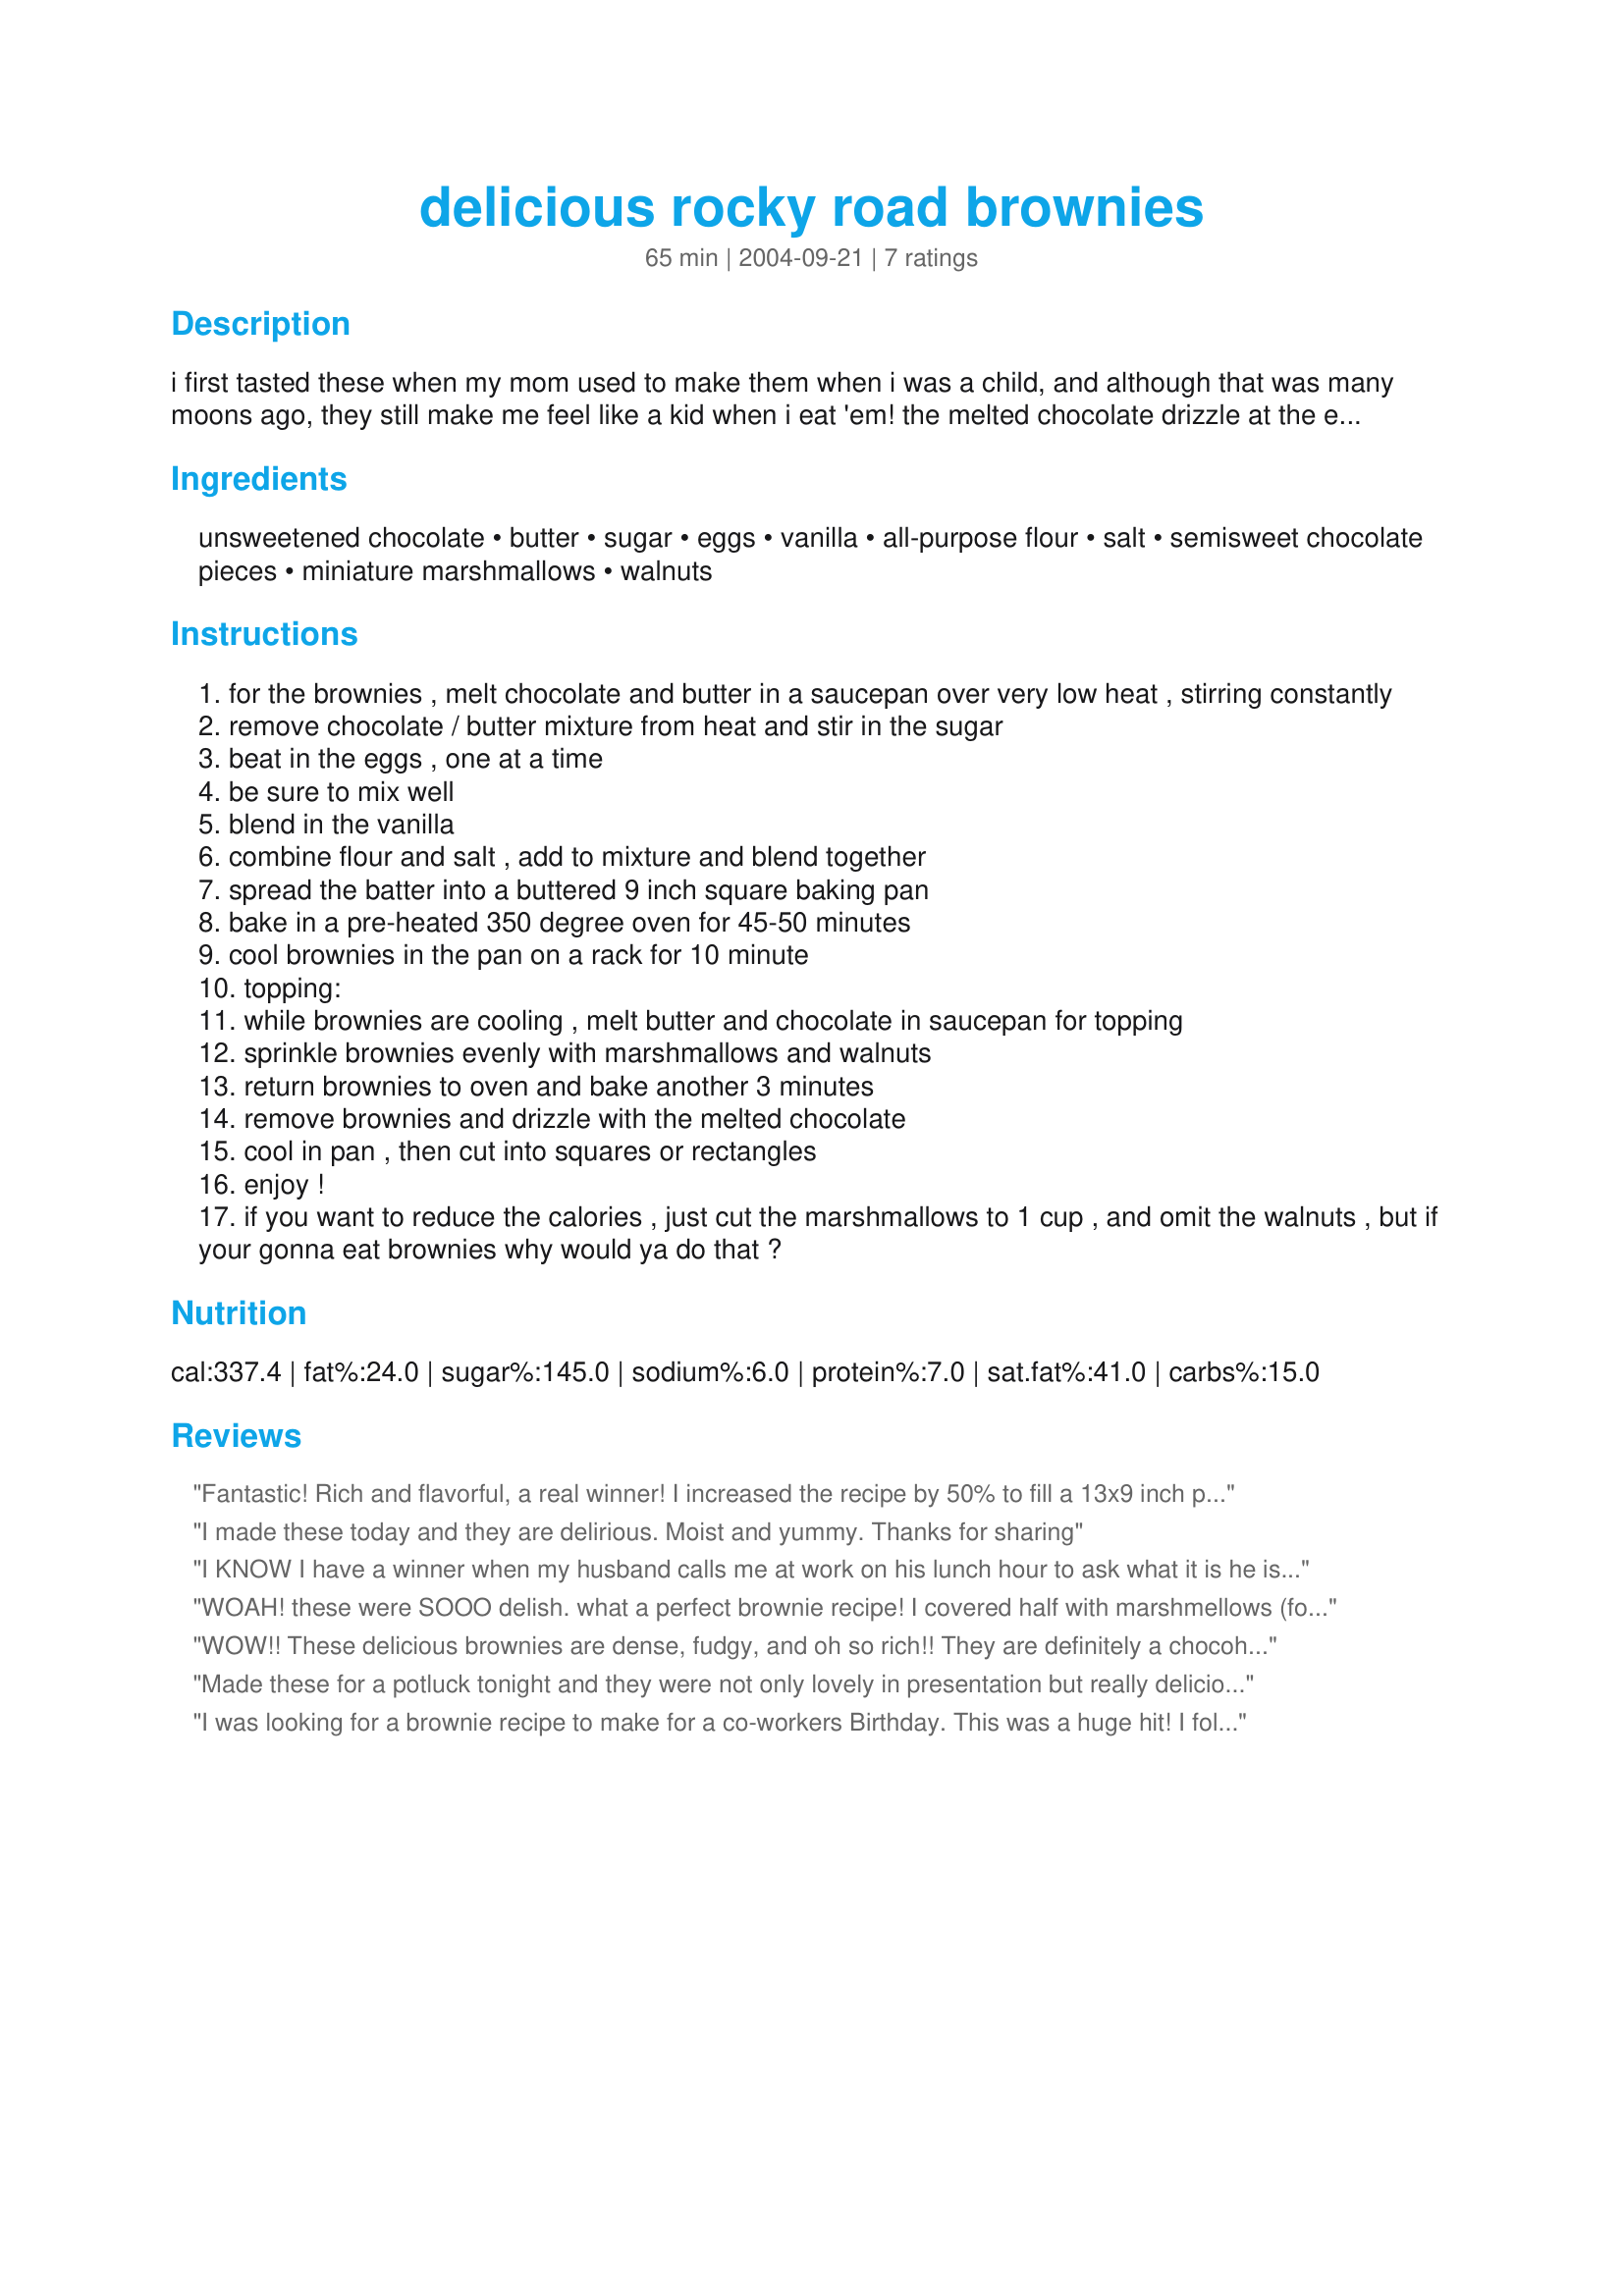
delicious rocky road brownies
Preparation time: 65 minutes

i first tasted these when my mom used to make them when i was a child, and although that was many moons ago, they still make me feel like a kid when i eat 'em! the melted chocolate drizzle at the end makes these brownies rich and very chocolaty!!

Ingredients:
unsweetened chocolate, butter, sugar, eggs, vanilla, all-purpose flour, salt, semisweet chocolate pieces, miniature marshmallows, walnuts

Steps:
for the brownies , melt chocolate and butter in a saucepan over very low heat , stirring constantly
remove chocolate / butter mixture from heat and stir in the sugar
beat in the eggs , one at a time
be sure to mix well
blend in the vanilla
combine flour and salt , add to mixture and blend together
spread the batter into a buttered 9 inch square baking pan
bake in a pre-heated 350 degree oven for 45-50 minutes
cool brownies in the pan on a rack for 10 minute
topping:
while brownies are cooling , melt butter and chocolate in saucepan for topping
sprinkle brownies evenly with marshmallows and walnuts
return brownies to oven and bake another 3 minutes
remove brownies and drizzle with the melted chocolate
cool in pan , then cut into squares or rectangles
enjoy !
if you want to reduce the calories , just cut the marshmallows to 1 cup , and omit the walnuts , but if your gonna eat brownies why would ya do that ?

Reviews:
Fantastic! Rich and flavorful, a real winner! I increased the recipe by 50% to fill a 13x9 inch pan. I was a little shy on that much unsweetened chocolate so I used <a href="/188761">Unsweetened Chocolate Substitute</a> for the remainder and it worked fine. I also had trouble the 'drizzling' the chocolate at the end. I'm pretty sure it was because I was having to use a small microwave but my chocolate was like frosting so I piped it on top rather than drizzling it. No one seemed to care. They were very popular. Thanks OzMan for sharing such a great recipe!
I made these today and they are delirious. Moist and yummy. Thanks for sharing
I KNOW I have a winner when my husband calls me at work on his lunch hour to ask what it is he is eating because it is GOOOOOOOOD!!! Said with the OO drawn all out! Then I had to reach into my bag and snag a bite of mine....and the rest of it was history. I knew when preparing the batter it was going to be good, but I was unprepared for HOW good. It is amazing light, yet somehow dense and fudgy, gooey yet crispy on the edges, and SOME kinda sweet!!! I omitted the nuts (more for the kids than us) but I think they only would have enhanced the flavor. I know DH will beg me constantly to make these and as they are a snap to make I will happily do so. If you are a brownie lover I highly suggest this recipe to you.
WOAH! these were SOOO delish. what a perfect brownie recipe! I covered half with marshmellows (for me), and left the other half plain (for my hubby), covered all of the brownies in the topping chocolate and left the walnuts out all together. they are very rich but completely awesome! thank you for a keeper! these are going straight into my zaar stars cookbook, for if I could give you 10 stars, I would!!!
WOW!! These delicious brownies are dense, fudgy, and oh so rich!! They are definitely a chocoholics dream come true!! I made them as written except that I substituted milk chocolate chips for the semi-sweet (personal preference), and added an extra TBS. of butter to the topping for easier drizzling. My family loved these and claimed them a big winner. Thanks Oz for winning the football pool so I had the opportunity to make these.
Made these for a potluck tonight and they were not only lovely in presentation but really delicious to boot! I used melting chocolate for the topping.
I was looking for a brownie recipe to make for a co-workers Birthday. This was a huge hit! I followed the recipe, but baked it in a 9x13 pan for 35 minutes and added a Tablespoon of milk to the topping to make it more easy to drizzle. They were awesome! I will make these again and again!
